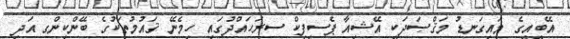
އޭބީއީގެ މައިގަނޑު މަޤްޞަދަކީ އޭޝިއާ ޕެސިފިކް ސރަހައްދުގައި ހިމެނޭ ޤައުމުތަކުގެ ބޭންކިންގ އަދި